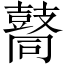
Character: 𪔚